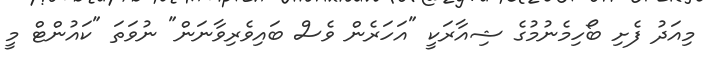
މިއަދު ފެށި ބޯހިމެނުމުގެ ޝިއާރަކީ "އަހަރެން ވެސް ބައިވެރިވާނަން" ނުވަތަ "ކައުންޓް މީ